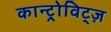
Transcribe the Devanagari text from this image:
कान्ट्रोविट्ज़